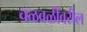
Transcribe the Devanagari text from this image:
चळवळींवरील